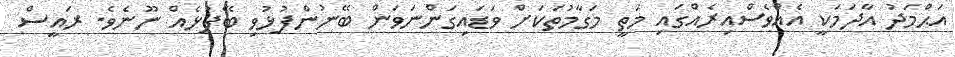
އަޙްމަދު އާދަމަކީ އެއްވެސްއިރެއްގައި މަތީ މަގާމުތަކަށް ވަޑައިގަންނަވަން ބޭނުންފުޅުވި ބޭފުޅެއް ނޫނެވެ. ރައީސް